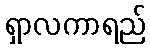
ရှာလကာရည်